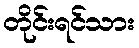
တိုင်းရင်သား